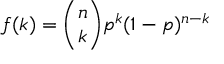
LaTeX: f ( k ) = { \binom { n } { k } } p ^ { k } ( 1 - p ) ^ { n - k }